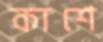
কাশে